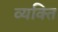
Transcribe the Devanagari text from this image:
व्‍यक्‍ति